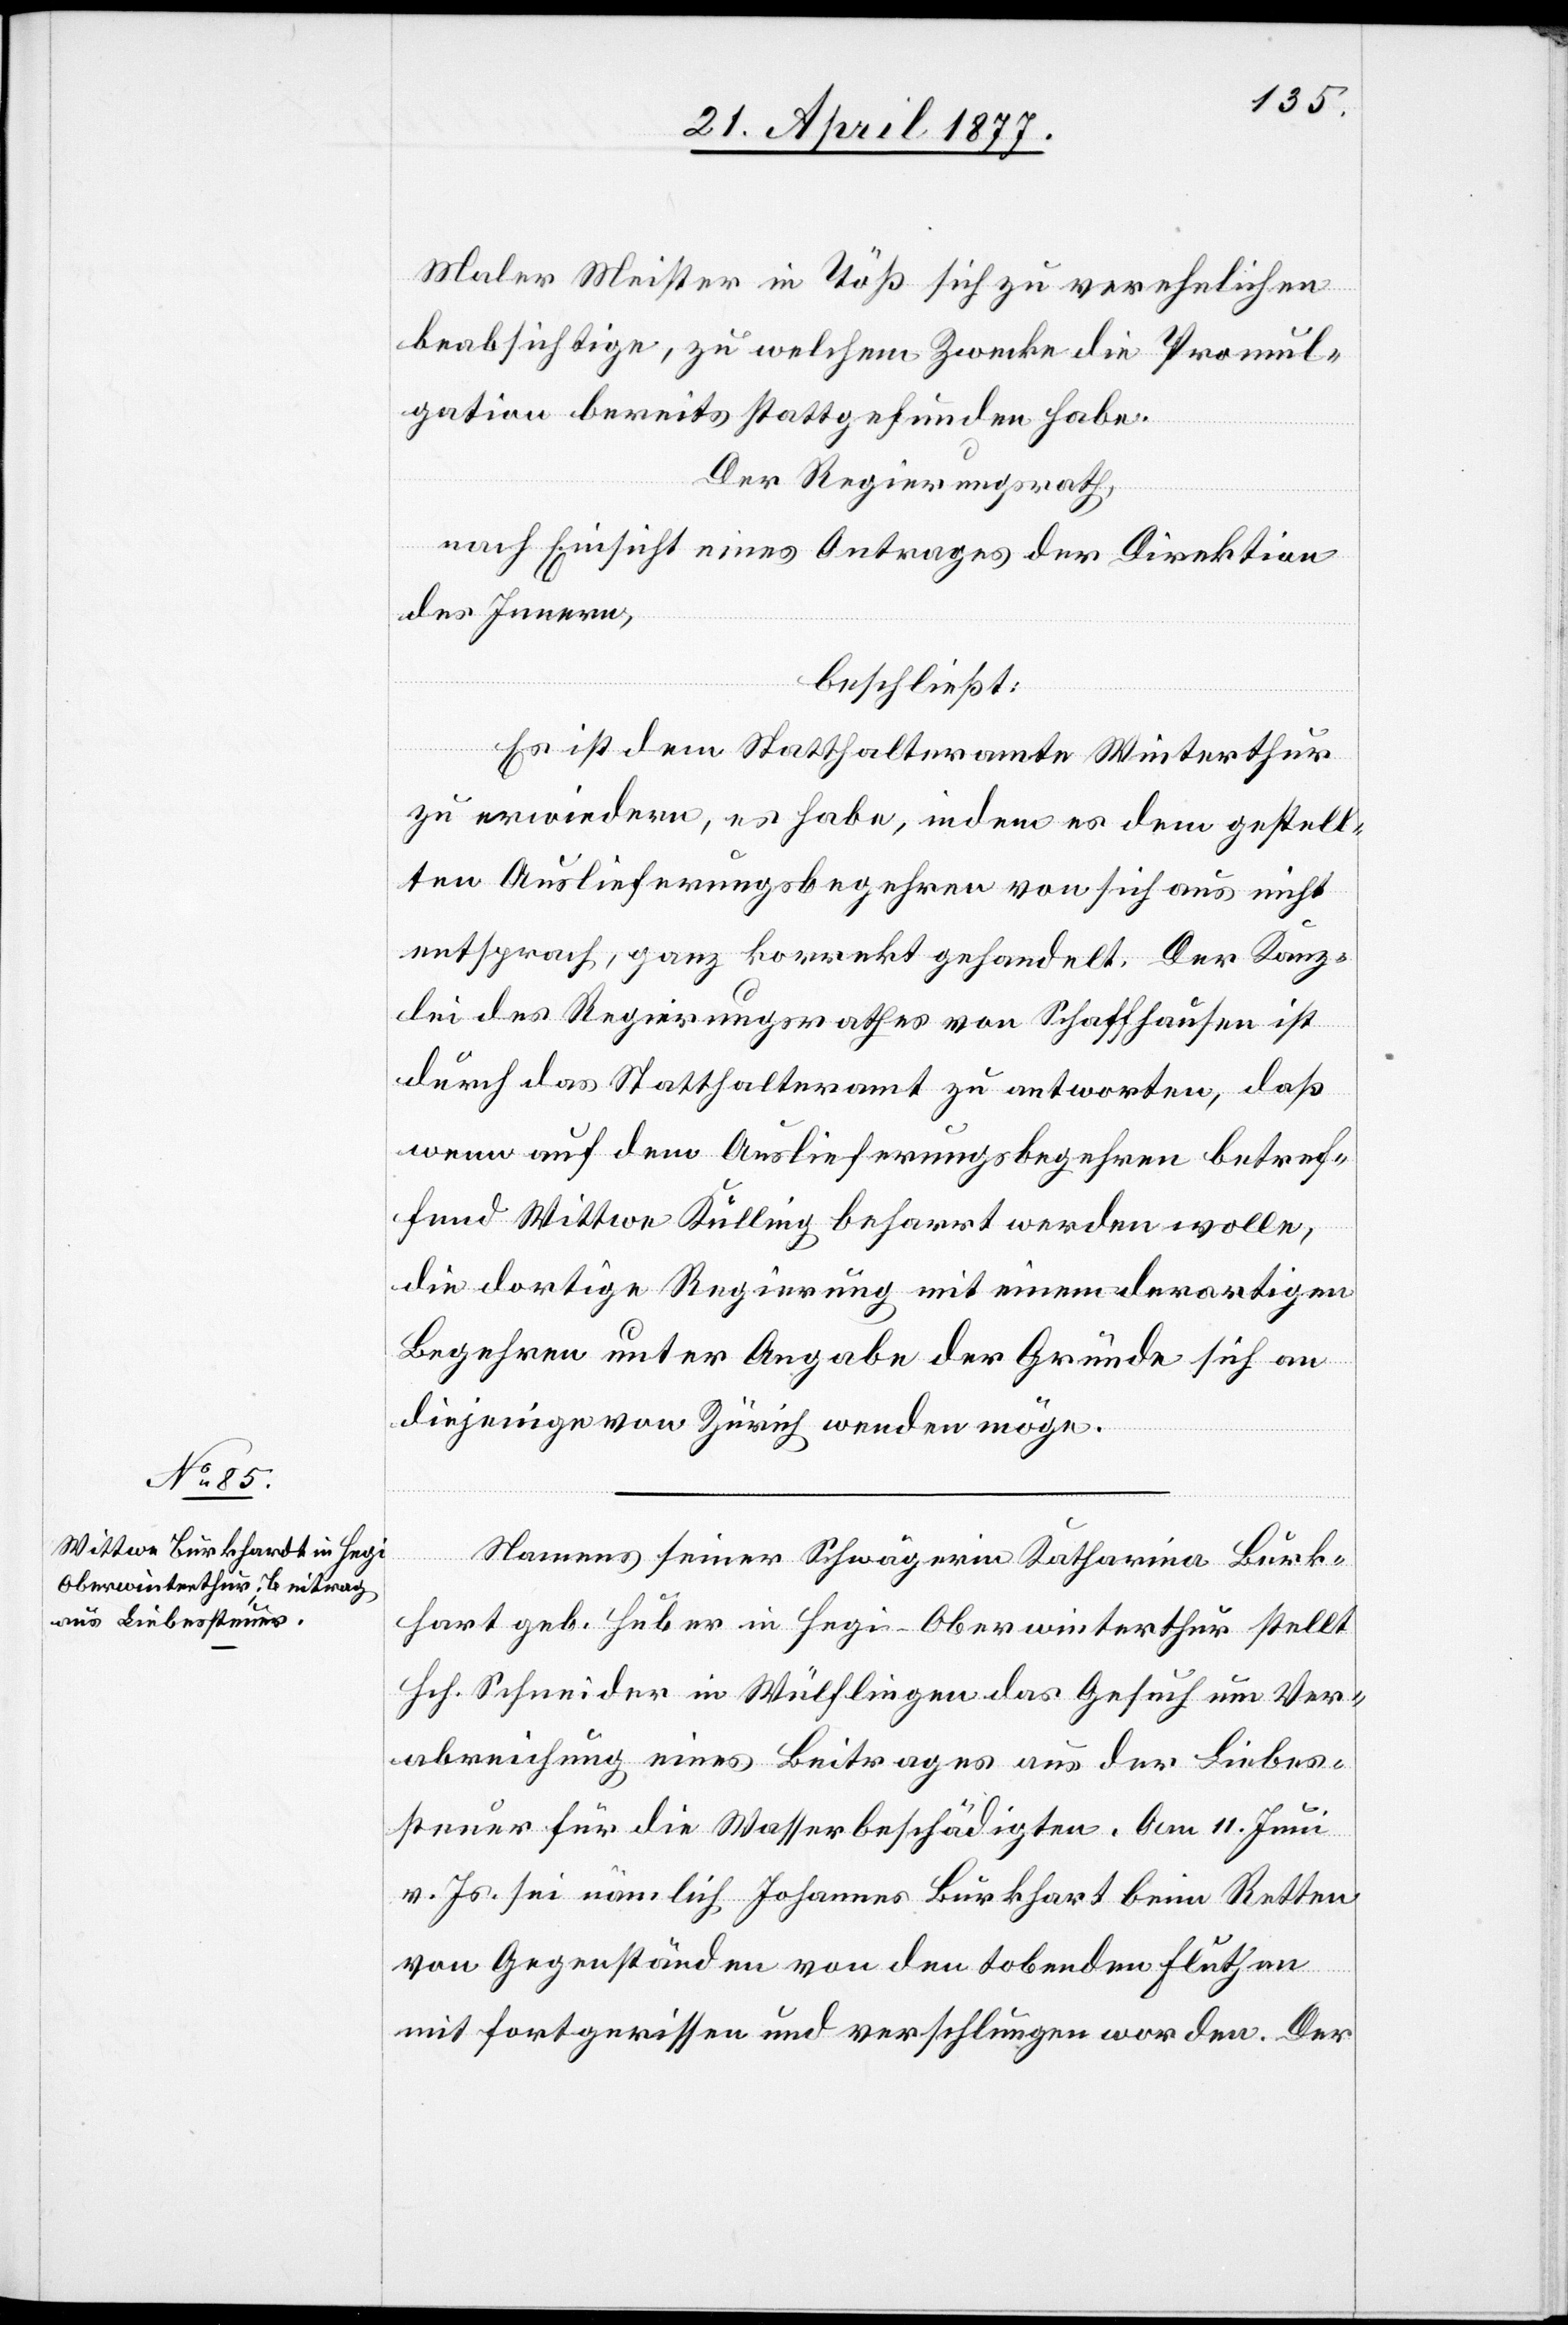
Maler Meister in Töß sich zu verehelichen
beabsichtige, zu welchem Zwecke die Promul¬
gation bereits stattgefunden habe.
Der Regierungsrath,
[si¬
nach Einsicht eines Antrages der Direktion
des Innern,
beschließt:
Es ist dem Statthalteramte Winterthur
zu erwiedern, es habe, indem es dem gestell¬
ten Auslieferungsbegehren von sich aus nicht
entsprach, ganz korrekt gehandelt. Der Kanz¬
lei des Regierungsrathes von Schaffhausen ist
durch das Statthalteramt zu antworten, daß
wenn auf dem Auslieferungsbegehren betref¬
fend Wittwe Külling beharrt werden wolle,
die dortige Regierung mit einem derartigen
Begehren unter Angabe der Gründe sich an
diejenige von Zürich wenden möge.
Namens seiner Schwägerin Katharina Burk¬
c!] geb. Huber in Hegi - Oberwinterthur stellt
Hch. Schneider in Wülflingen das Gesuch um Ver¬
abreichung eines Beitrages aus der Liebes¬
steuer für die Wasserbeschädigten. Am 11. Juni
v. Js. sei nämlich Johannes Burkhart beim Retten
von Gegenständen von den tobenden Fluthen
mit fortgerissen und verschlungen worden. Der